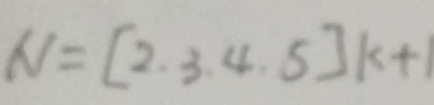
N = [ 2 , 3 , 4 , 5 ] k + 1